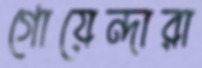
গোয়েন্দারা